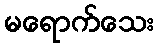
မရောက်သေး